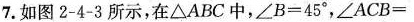
7.如图2-4-3所示，在△ABC中，$$∠B=45°$$，$$∠ACB=